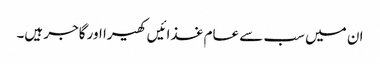
ان میں سب سے عام غذائیں کھیرا اور گاجر ہیں۔